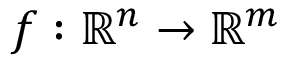
f : \mathbb { R } ^ { n } \rightarrow \mathbb { R } ^ { m }